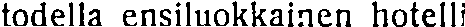
todella ensiluokkainen hotelli